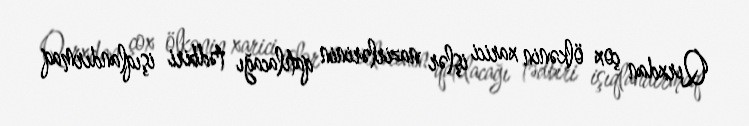
Qırxdan çox ölkənin xarici işlər nazirlərinin qatılacağı tədbiri işıqlandırmaq